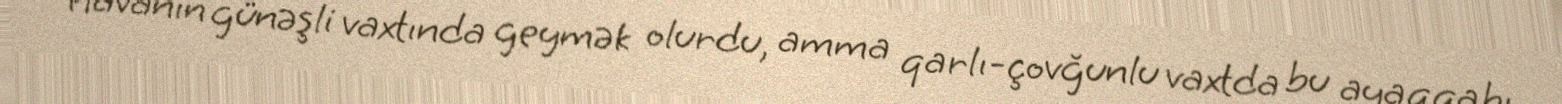
Havanın günəşli vaxtında geymək olurdu, amma qarlı-çovğunlu vaxtda bu ayaqqabı